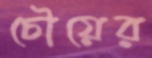
চৌয়ের